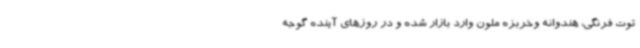
توت فرنگی، هندوانه وخربزه ملون وارد بازار شده و در روزهای آینده گوجه